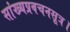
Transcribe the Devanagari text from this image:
सांख्यप्रवचनसूत्र।